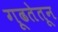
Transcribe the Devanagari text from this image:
गूढतेतून